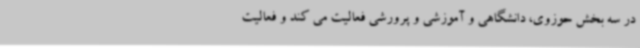
در سه بخش حوزوی، دانشگاهی و آموزشی و پرورشی فعالیت می کند و فعالیت